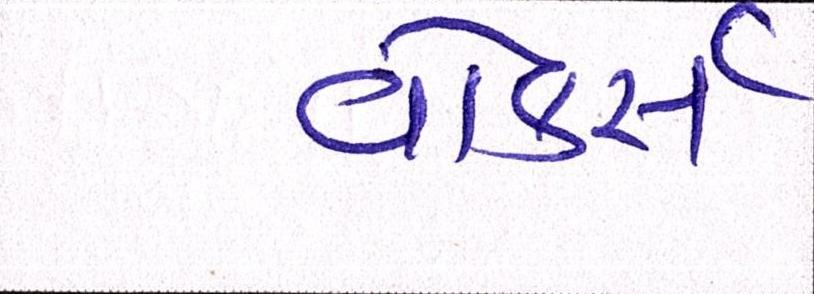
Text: વોકર્સ